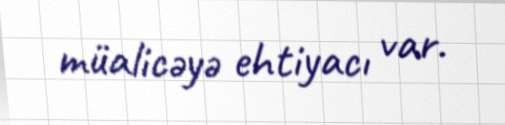
müalicəyə ehtiyacı var.